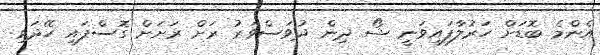
އެންމެ ބޮޑަށް ހަރުލާފައިވަނީ ޝޯ ދިން ދުވަސްވަރު ރަށް ރަށަށް ގޮސްފައި ހޭދަވި